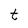
Character: t